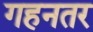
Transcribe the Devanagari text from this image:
गहनतर